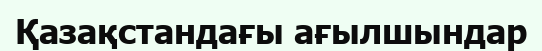
Қазақстандағы ағылшындар